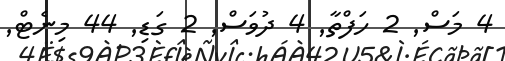
4 މަސް